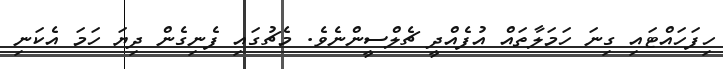
ހިފަހައްޓައި ގިނަ ހަމަލާތައް އުފެއްދީ ޗެލްސީންނެވެ. މެޗުގައި ފެނިގެން ދިޔަ ހަމަ އެކަނި